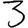
Digit: 3